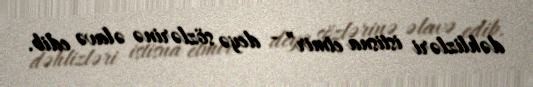
dəhlizləri istisna etmir” - deyə sözlərinə əlavə edib.